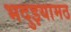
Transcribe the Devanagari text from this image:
भदुइयामठ